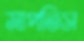
মাপতিস